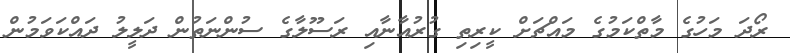
ރޯދަ މަހުގެ މާތްކަމުގެ މައްޗަށް ކީރިތި ގުރުއާނާއި ރަސޫލާގެ ސުންނަތުން ދަލީލު ދައްކަވަމުން